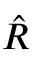
\hat { R }